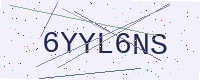
Text: 6YYL6NS